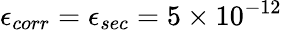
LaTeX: \epsilon_{corr}=\epsilon_{sec}=5\times 10^{-12}